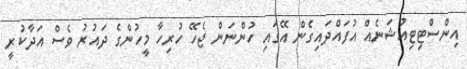
އިންސްޓިޓިއުޝަނެއް އުފައްދައިގެން އޭގައި ހުންނަން ޖެހޭ ހުރިހާ މީހުންގެ ދައުރު ވެސް އަދާކުރީ